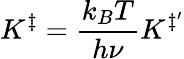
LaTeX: K^{\ddagger}={\frac{k_{B}T}{h\nu}}K^{\ddagger^{\prime}}